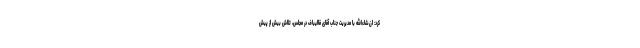
کرد: ان‌شاءالله با مدیریت جناب آقای قالیباف در مجلس، تلاش بیش از پیش